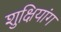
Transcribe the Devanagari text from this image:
शुक्षियांग